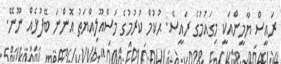
ރައީސް ޔާމީންއަކީ މިގައުމުގެ ރައީސޭ. ޙުކުމް ކުރުމުގެ މަސްއޫލިއްޔަތު އޮންނަ ބޭފުޅެއް ނޫނޭ.